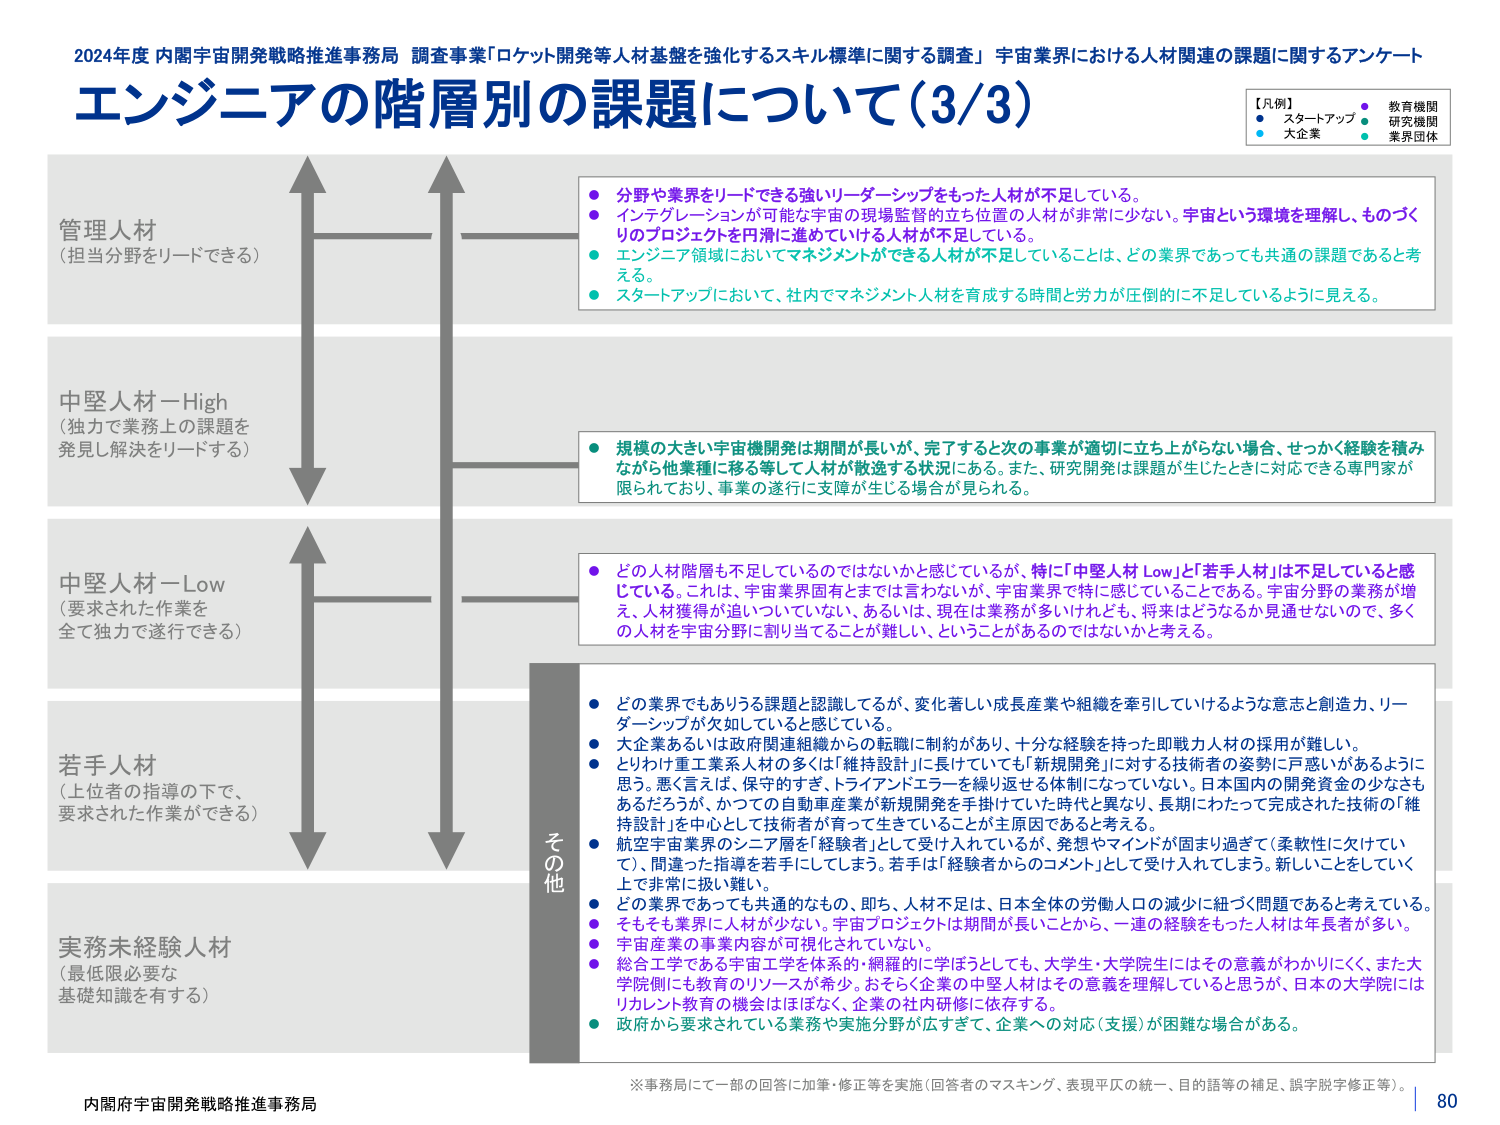
2024年度 内閣宇宙開発戦略推進事務局 調査事業「ロケット開発等人材基盤を強化するスキル標準に関する調査」 宇宙業界における人材関連の課題に関するアンケート
エンジニアの階層別の課題について（3/3）

【凡例】
● スタートアップ ● 教育機関
● 大企業 ● 研究機関
● 業界団体

管理人材
（担当分野をリードできる）

● 分野や業界をリードできる強いリーダーシップをもった人材が不足している。
● インテグレーションが可能な宇宙の現場監督的立ち位置の人材が非常に少ない。宇宙という環境を理解し、ものづくりのプロジェクトを円滑に進めている人材が不足している。
● エンジニア領域においてマネジメントができる人材が不足していることは、どの業界であっても共通の課題であると考える。
● スタートアップにおいて、社内でマネジメント人材を育成する時間と労力が圧倒的に不足しているように見える。

中堅人材－High
（独力で業務上の課題を発見し解決をリードする）

● 規模の大きい宇宙機開発は期間が長いが、完了すると次の事業が適切に立ち上がらない場合、せっかく経験を積みながら他業種に移る等して人材が散逸する状況にある。また、研究開発は課題が生じたときに対応できる専門家が限られており、事業の遂行に支障が生じる場合が見られる。

中堅人材－Low
（要求された作業を全て独力で遂行できる）

● どの人材階層も不足しているのではないかと感じているが、特に「中堅人材 Low」と「若手人材」は不足していると感じている。これは、宇宙業界固有とまでは言わないが、宇宙業界で特に感じていることである。宇宙分野の業務が増え、人材獲得が追いついていない。あるいは、現在は業務が多いけれども、将来はどうなるか見通せないので、多くの人材を宇宙分野に割り当てることが難しい、ということがあるのではないかと考える。

若手人材
（上位者の指導の下で、要求された作業ができる）

その他

● どの業界でもありうる課題と認識してるが、変化著しい成長産業や組織を牽引していけるような意志と創造力、リーダーシップが欠如していると感じている。
● 大企業あるいは政府関連組織からの転職に制約があり、十分な経験を持った即戦力人材の採用が難しい。
● とりわけ重工業系人材の多くは「維持設計」に長けていても「新規開発」に対する技術者の姿勢に戸惑いがあるように思う。悪く言えば、保守的すぎ、トライアンドエラーを繰り返せる体制になっていない。日本国内の開発資金の少なさもあるだろうが、かつての自動車産業が新規開発を手掛けた時代と異なり、長期にわたって完成された技術の「維持設計」を中心として技術者が育って生きていることが主原因であると考える。
● 航空宇宙業界のシニア層を「経験者」として受け入れているが、発想やマインドが固まり過ぎて（柔軟性に欠けていて）、間違った指導を若手にしてしまう。若手は「経験者からのコメント」として受け入れてしまう。新しいことをしていく上で非常に扱い難い。
● どの業界であっても共通的なもの、即ち、人材不足は、日本全体の労働人口の減少に紐づく問題であると考えている。
● そもそも業界に人材が少ない。宇宙プロジェクトは期間が長いことから、一連の経験をもった人材は年長者が多い。
● 宇宙産業の事業内容が可視化されていない。
● 総合工学である宇宙工学を体系的・網羅的に学ぼうとしても、大学生・大学院生にはその意義がわかりにくく、また大学院側にも教育のリソースが希少。おそらく企業の中堅人材はその意義を理解していると思うが、日本の大学院にはリカレント教育の機会はほぼなく、企業の社内研修に依存する。
● 政府から要求されている業務や実施分野が広すぎて、企業への対応（支援）が困難な場合がある。

実務未経験人材
（最低限必要な基礎知識を有する）

※事務局にて一部の回答に加筆・修正等を実施（回答者のマスキング、表現平仄の統一、目的話等の補足、誤字脱字修正等）。

内閣府宇宙開発戦略推進事務局
80